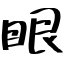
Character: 眼